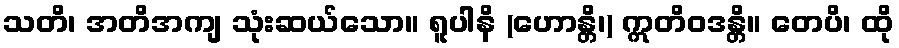
သတိ၊ အတိအကျ သုံးဆယ်သော။ ရူပါနိ (ဟောန္တိ၊) ဣတိဝဒန္တိ။ တေပိ၊ ထို